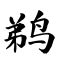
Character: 鹈